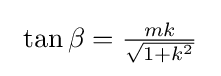
\ \tan \beta ={\tfrac {mk}{\sqrt {1+k^{2}}}}\